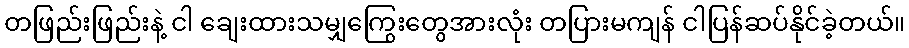
တဖြည်းဖြည်းနဲ့ ငါ ချေးထားသမျှကြွေးတွေအားလုံး တပြားမကျန် ငါပြန်ဆပ်နိုင်ခဲ့တယ်။